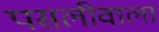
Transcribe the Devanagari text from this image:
पसलीवाला